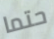
حتما